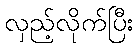
လှည့်လိုက်ပြီး